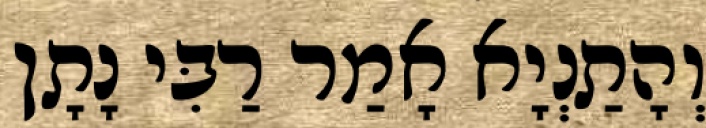
וְהָתַנְיָא אָמַר רַבִּי נָתָן